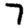
Digit: 7